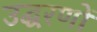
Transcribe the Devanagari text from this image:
उद्घरणों